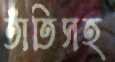
তাঁতিসহ